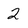
Character: 2